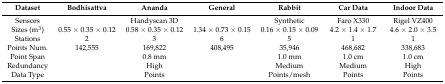
<table><thead><tr><td><b>Dataset</b></td><td><b>Bodhisattva</b></td><td><b>Ananda</b></td><td><b>General</b></td><td><b>Rabbit</b></td><td><b>Car Data</b></td><td><b>Indoor Data</b></td></tr></thead><tbody><tr><td>Sensors</td><td colspan="3">Handyscan 3D</td><td>Synthetic</td><td>Faro X330</td><td>Rigel VZ400</td></tr><tr><td>Sizes (m<sup>3</sup>)</td><td>0.55 × 0.35 × 0.12</td><td>0.58 × 0.35 × 0.12</td><td>1.34 × 0.73 × 0.15</td><td>0.16 × 0.15 × 0.09</td><td>4.2 × 1.4 × 1.7</td><td>4.6 × 2.0 × 3.5</td></tr><tr><td>Stations</td><td>2</td><td>3</td><td>6</td><td>5</td><td>1</td><td>1</td></tr><tr><td>Points Num.</td><td>142,555</td><td>169,822</td><td>408,495</td><td>35,946</td><td>468,682</td><td>338,683</td></tr><tr><td>Point Span</td><td colspan="3">0.8 mm</td><td>1.0 mm</td><td>1.0 cm</td><td>1.0 cm</td></tr><tr><td>Redundancy</td><td colspan="3">High</td><td>Medium</td><td>Medium</td><td>High</td></tr><tr><td>Data Type</td><td colspan="3">Points</td><td>Points/mesh</td><td>Points</td><td>Points</td></tr></tbody></table>